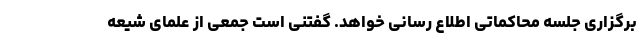
برگزاری جلسه محاکماتی اطلاع رسانی خواهد. گفتنی است جمعی از علمای شیعه